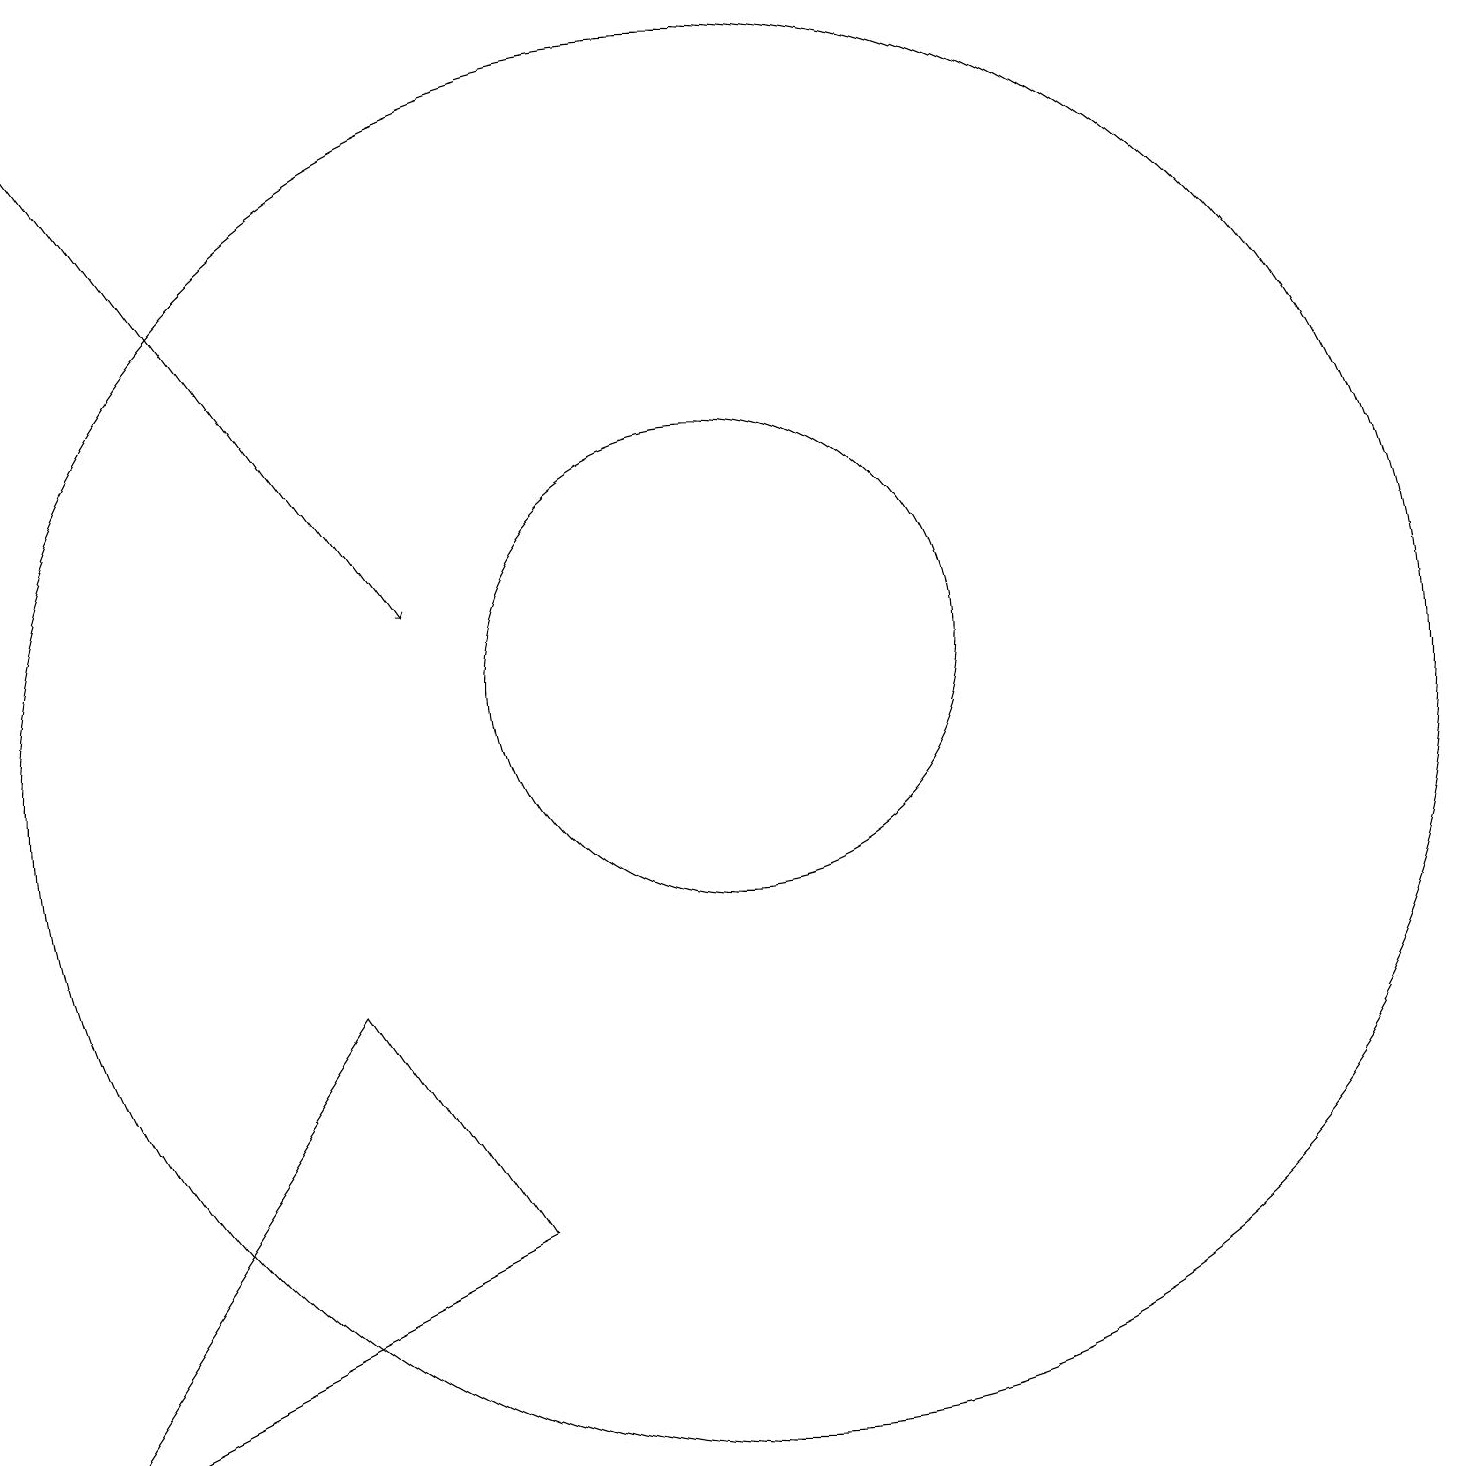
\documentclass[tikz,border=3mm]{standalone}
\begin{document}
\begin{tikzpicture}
\draw (10,10) circle (9);
\draw[->] (1,19) -- (6,12);
\draw (7,4) -- (1,1) -- (5,7) -- cycle;
\draw (10,11) circle (3);
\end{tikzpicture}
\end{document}